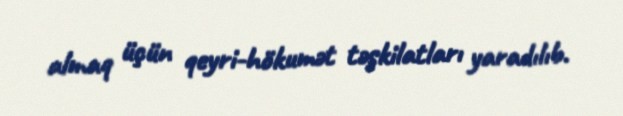
almaq üçün qeyri-hökumət təşkilatları yaradılıb.